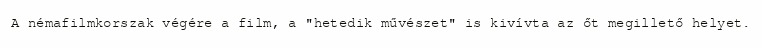
A némafilmkorszak végére a film, a "hetedik művészet" is kivívta az őt megillető helyet.